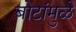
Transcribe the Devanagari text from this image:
बोटांमुळे